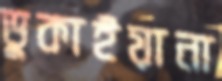
ডুকাইয়ানা